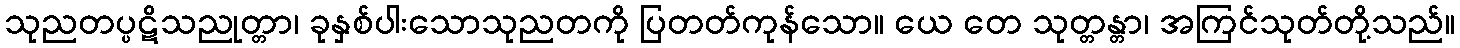
သုညတပ္ပဋိသညုတ္တာ၊ ခုနှစ်ပါးသောသုညတကို ပြတတ်ကုန်သော။ ယေ တေ သုတ္တန္တာ၊ အကြင်သုတ်တို့သည်။